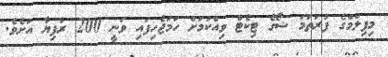
މިފިލްމްގެ ފުރަތަަމަ ޝޯގެ ޓިކެޓް ވިއްކުމަށް ހަމަޖެހިފައި ވަނީ 200 ރުފިޔާ އަށެވެ.